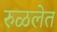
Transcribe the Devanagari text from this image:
रुळलेत